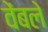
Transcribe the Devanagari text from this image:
वेंबले